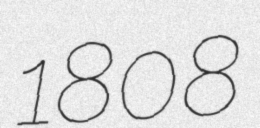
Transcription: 1808